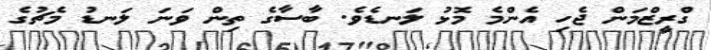
ގްރީޒްމަން ޖެހި އެންމެ މޮޅު ލަނޑެވެ. ބާސާގެ ތިން ވަނަ ލަނޑު މެޗުގެ